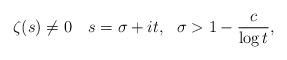
LaTeX: \begin{align*}\zeta(s) \ne 0 ~~~ s=\sigma+it, ~~ \sigma >1-\frac{c}{\log t},\end{align*}